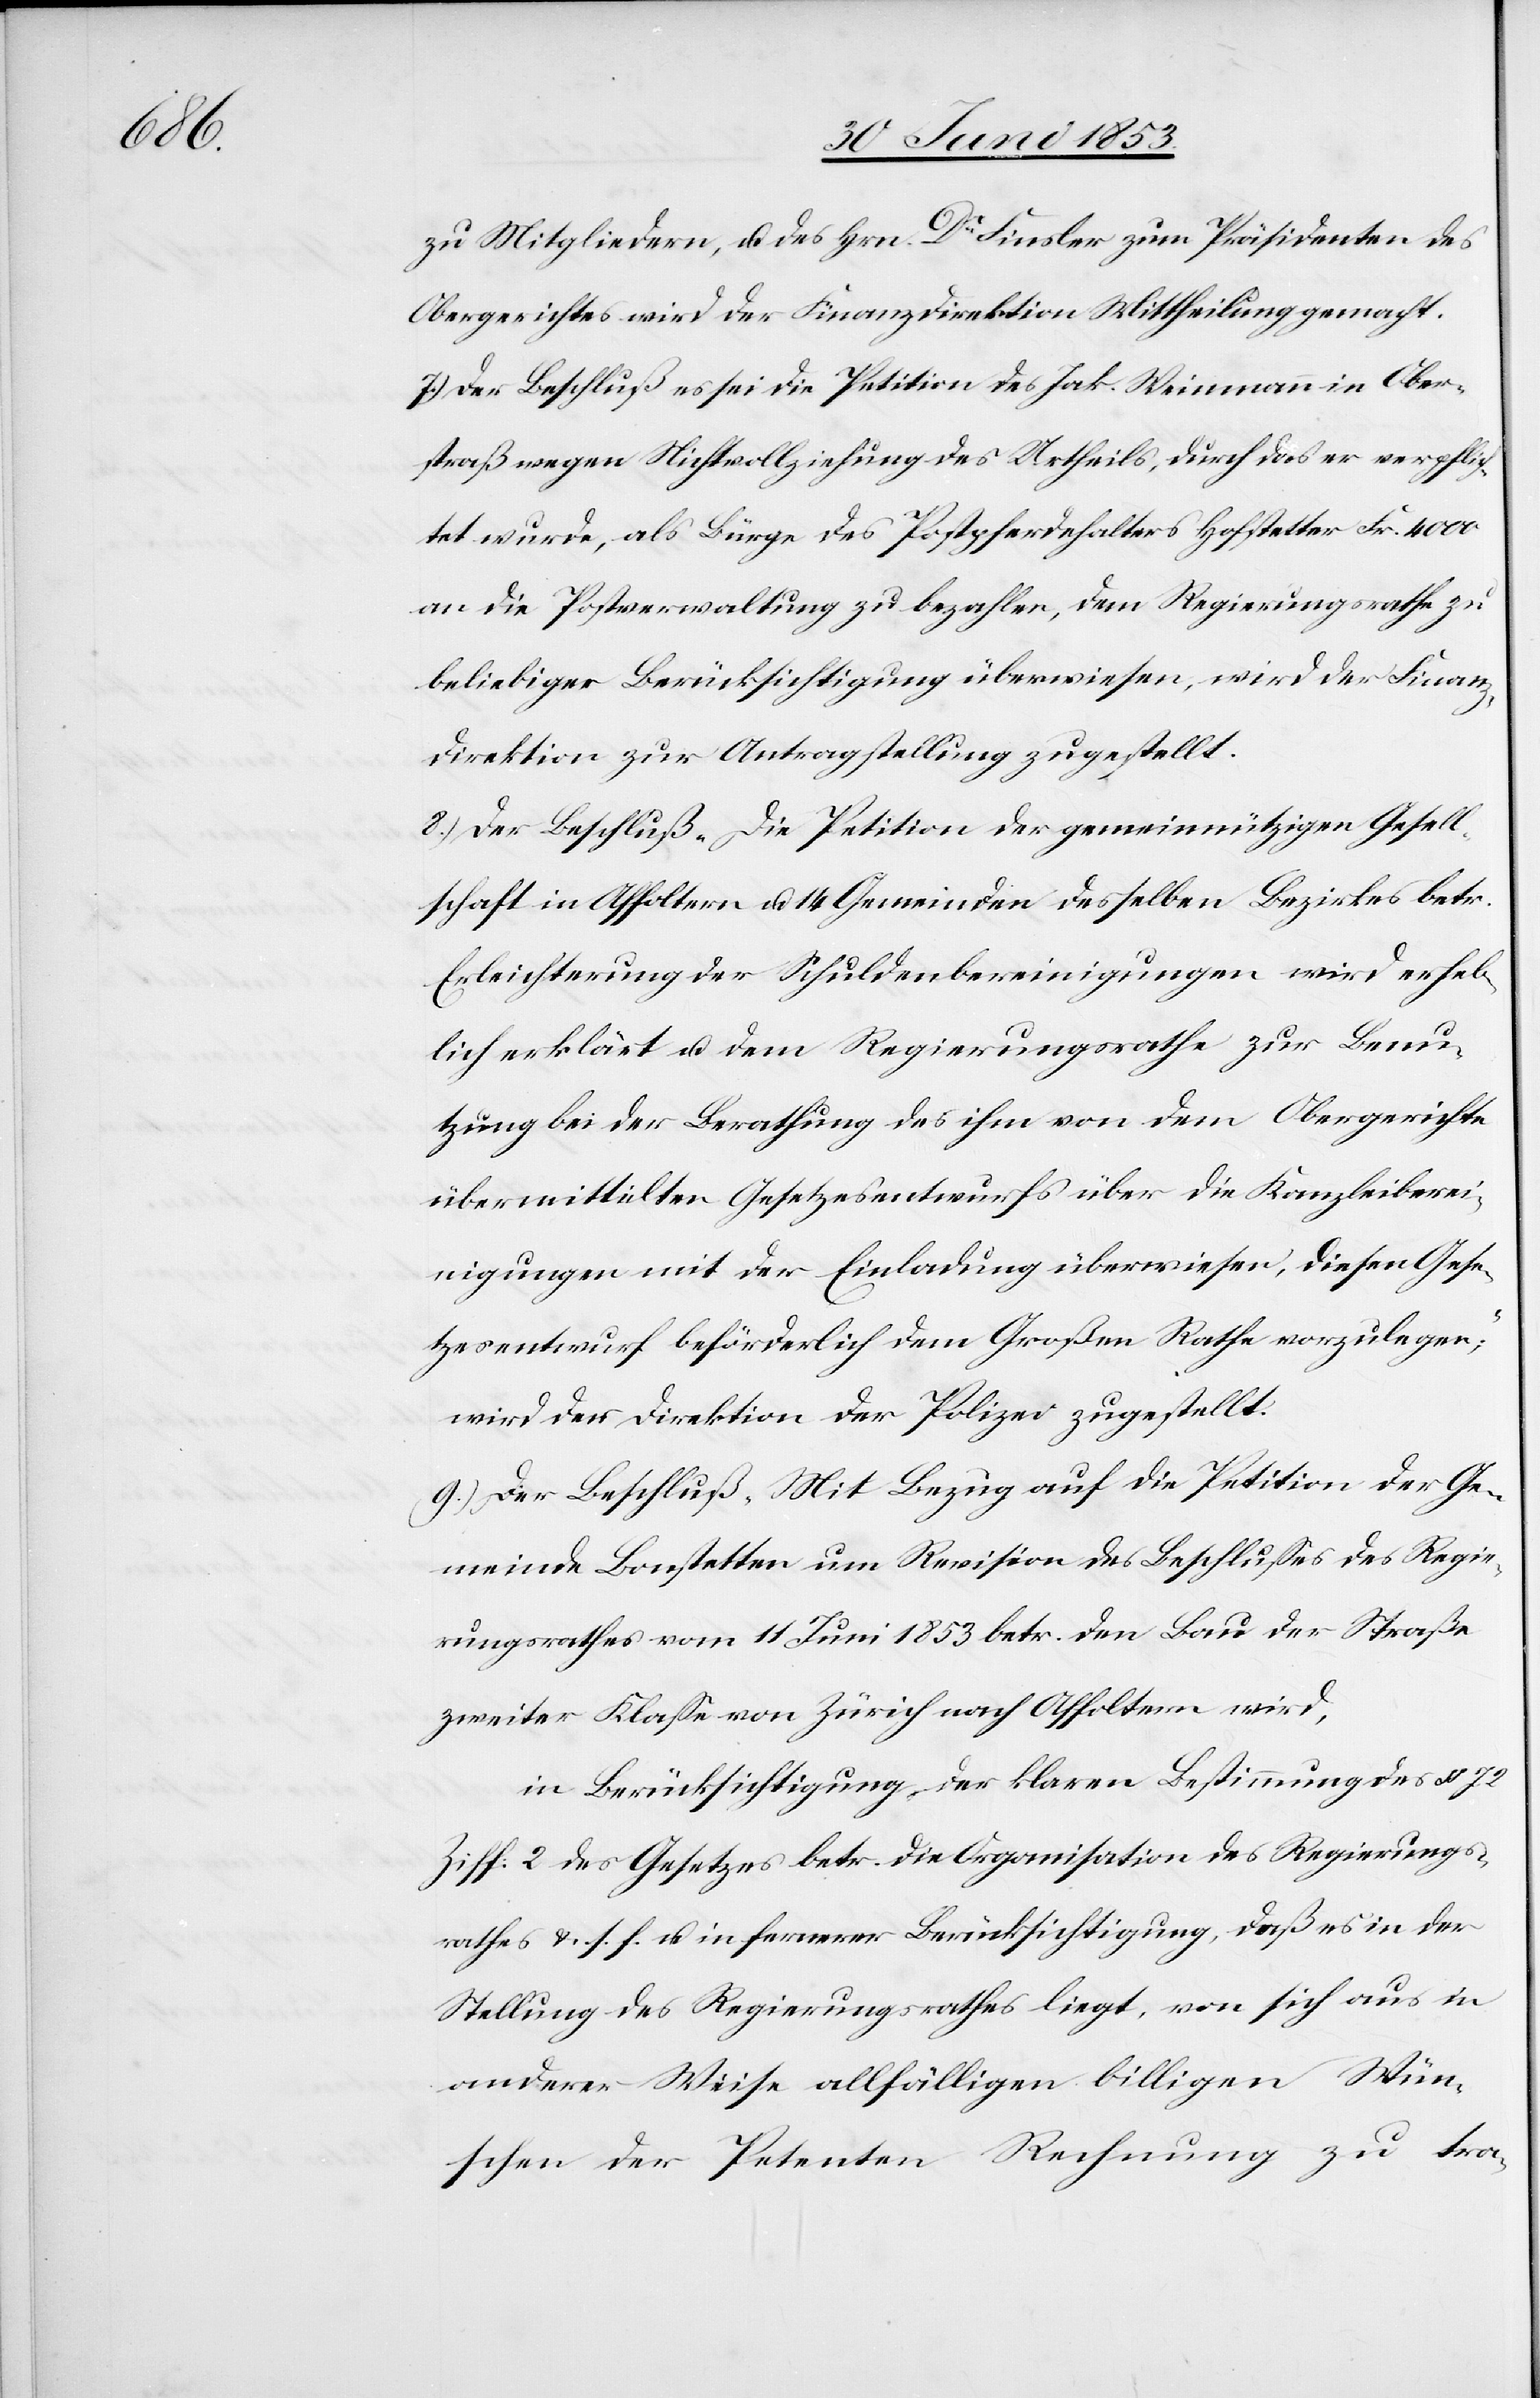
zu Mitgliedern, u. des Hrn. Dr Finsler zum Präsidenten des
Obergerichtes wird der Finanzdirektion Mittheilung gemacht.
7.) Der Beschluß es sei die Petition des Jak. Weimann in Ober¬
straß wegen Nichtvollziehung des Urtheils, durch das er verpflich¬
tet wurde, als Bürge des Postpferdehalters Hofstetter Fr. 4000
an die Postverwaltung zu bezahlen, dem Regierungsrathe zu
beliebiger Berücksichtigung überwiesen, wird der Finanz¬
direktion zur Antragsstellung zugestellt.
8.) Der Beschluß „Die Petition der gemeinnützigen Gesell¬
schaft in Affoltern u. 14 Gemeinden desselben Bezirkes betr.
Erleichterung der Schuldenbereinigungen wird erheb¬
lich erklärt u. dem Regierungsrathe zur Benu¬
tzung bei der Berathung des ihm von dem Obergerichte
übermittelten Gesetzesentwurfs über die Kanzleiberei¬
nigungen mit der Einladung überwiesen, diesen Gese¬
tzesentwurf beförderlich dem Großen Rathe vorzulegen“;
wird der Direktion der Polizei zugestellt.
9.) Der Beschluß, Mit Bezug auf die Petition der Ge¬
meinde Bonstetten um Revision des Beschlußes des Regie¬
rungsrathes vom 11 Juni 1853 betr. den Bau der Straße
zweiter Klaße von Zürich nach Affoltern wird,
in Berücksichtigung der klaren Bestimmung des § 72
Ziff. 2 des Gesetzes betr. die Organisation des Regierungs¬
rathes u. s. f. in fernerer Berücksichtigung, daß es in der
Stellung des Regierungsrathes liegt, von sich aus in
anderer Weise allfälligen billigen Wün¬
schen der Petenten Rechnung zu tra-